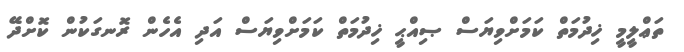
ތަޢްލީމީ ޚިދުމަތް ކަމަށްވިޔަސް ޞިއްޙީ ޚިދުމަތް ކަމަށްވިޔަސް އަދި އެހެން ރޮނގަކުން ކޮށްދޭ